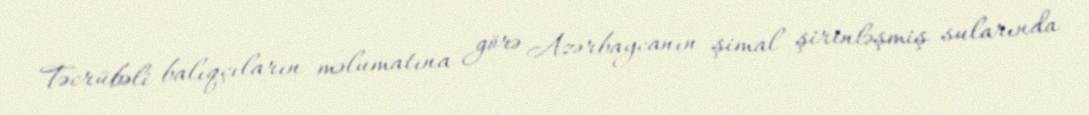
Təcrübəli balıqçıların məlumatına görə Azərbaycanın şimal şirinləşmiş sularında